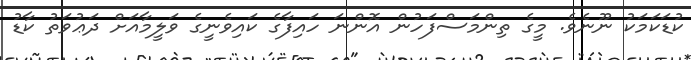
ކުޑަކަމަކު ނޫނެވެ. މީގެ ތިންމަސްފަހުން އޮންނަ ހައިފާގެ ކައިވެނީގެ ވަލީމާއަށް ދަޢުވަތު ކާޑު